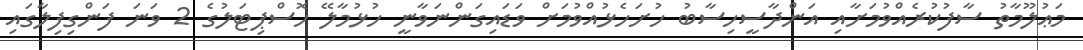
މަޢުލޫމާތު ސާފުކުރެއްވުމަށާއި އަންދާސީހިސާބު ހުށަހެޅުއްވުމަށް ވަޑައިގަންނަވާނީ ހުޅުމާލޭ ހޮސްޕިޓަލުގެ 2 ވަނަ ފަންގިފިލާގައި